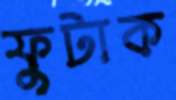
ফুটাক